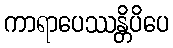
ကာရာပေဿန္တိပိပေ